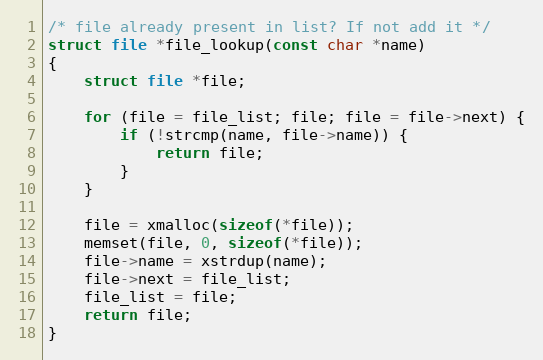
Language: C
/* file already present in list? If not add it */
struct file *file_lookup(const char *name)
{
	struct file *file;

	for (file = file_list; file; file = file->next) {
		if (!strcmp(name, file->name)) {
			return file;
		}
	}

	file = xmalloc(sizeof(*file));
	memset(file, 0, sizeof(*file));
	file->name = xstrdup(name);
	file->next = file_list;
	file_list = file;
	return file;
}